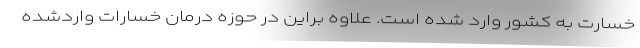
خسارت به کشور وارد شده است. علاوه براین در حوزه درمان خسارات واردشده